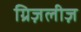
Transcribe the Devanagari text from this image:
ग्रिज़लीज़